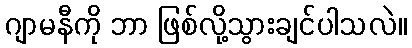
ဂျာမနီကို ဘာ ဖြစ်လို့သွားချင်ပါသလဲ။